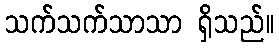
သက်သက်သာသာ ရှိသည်။